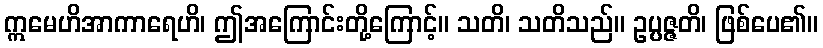
ဣမေဟိအာကာရေဟိ၊ ဤအကြောင်းတို့ကြောင့်။ သတိ၊ သတိသည်။ ဥပ္ပဇ္ဇတိ၊ ဖြစ်ပေ၏။